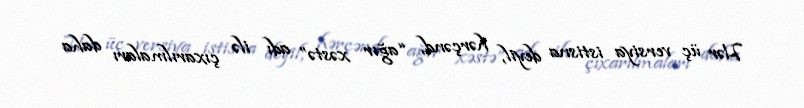
Hər üç versiya istisna deyil, hərçənd, “ağır xəstə” adı ilə çıxarılmaları daha